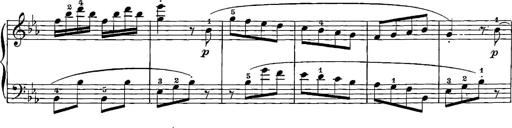
Title: 12 Sonatinas
Composer: Ignaz Pleyel